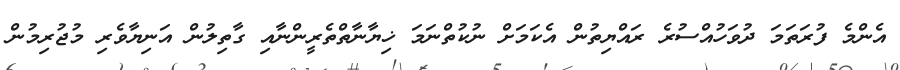
އެންމެ ފުރަތަމަ ދުވަހުއްސުރެ ރައްޔިތުން އެކަމަށް ނުކުތްނަމަ ޚިޔާނާތްތެރީންނާއި ގާތިލުން އަނިޔާވެރި މުޖުރިމުން